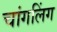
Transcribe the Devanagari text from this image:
चांगलिंग